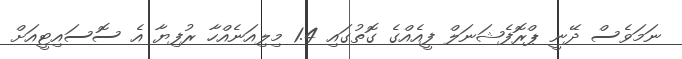
ނަމަވެސް ދޭނީ ޕްރޮފެޝަނަލް ފީއެއްގެ ގޮތުގައި 1.4 މިލިއަނެއްހާ ރުފިޔާ އެ ސޮސައިޓީއަށް